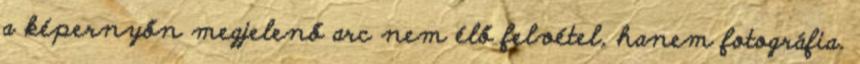
a képernyőn megjelenő arc nem élő felvétel, hanem fotográfia.